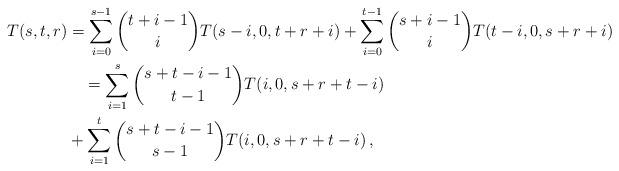
LaTeX: \begin{align*}T(s,t,r) &= \sum_{i = 0}^{s - 1} {\binom{t+i-1}iT(s - i,0,t + r + i)} + \sum_{i = 0}^{t - 1} {\binom{s+i-1}iT(t - i,0,s + r + i)}\\&\quad= \sum_{i = 1}^s {\binom{s+t-i-1}{t-1}T(i,0,s + r + t - i)}\\& + \sum_{i = 1}^t {\binom{s+t-i-1}{s-1}T(i,0,s + r + t - i)}\,,\end{align*}